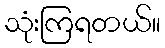
သုံးကြရတယ်။